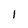
Character: I